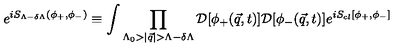
e ^ { i S _ { \Lambda - \delta \Lambda } ( \phi _ { + } , \phi _ { - } ) } \equiv \int \prod _ { \Lambda _ { 0 } > | { \vec { q } } | > \Lambda - \delta \Lambda } { \cal D } [ \phi _ { + } ( { \vec { q } } , t ) ] { \cal D } [ \phi _ { - } ( { \vec { q } } , t ) ] e ^ { i S _ { c l } [ \phi _ { + } , \phi _ { - } ] }